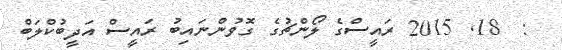
:  18